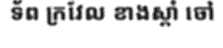
ទ័ព ក្រវែល ខាងស្តាំ ចៅ